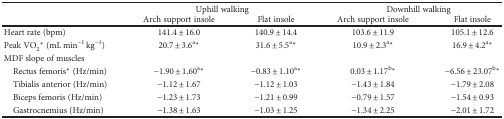
|  | <COLSPAN=2> Uphill walking | <COLSPAN=2> Downhill walking |
 |  | Arch support insole | Flat insole | Arch support insole | Flat insole |
 | --- | --- | --- | --- | --- |
 | Heart rate (bpm) | 141.4 ± 16.0 | 140.9 ± 14.4 | 103.6 ± 11.9 | 105.1 ± 12.6 |
 | Peak VO2∗ (mL min−1 kg−1) | 20.7 ± 3.6a∗ | 31.6 ± 5.5a∗ | 10.9 ± 2.3a∗ | 16.9 ± 4.2a∗ |
 | <COLSPAN=5> MDF slope of muscles |
 | Rectus femoris∗ (Hz/min) | −1.90 ± 1.60a∗ | −0.83 ± 1.10a∗ | 0.03 ± 1.17b∗ | −6.56 ± 23.07b∗ |
 | Tibialis anterior (Hz/min) | −1.12 ± 1.67 | −1.12 ± 1.03 | −1.43 ± 1.84 | −1.79 ± 2.08 |
 | Biceps femoris (Hz/min) | −1.23 ± 1.73 | −1.21 ± 0.99 | −0.79 ± 1.57 | −1.54 ± 0.93 |
 | Gastrocnemius (Hz/min) | −1.38 ± 1.63 | −1.03 ± 1.25 | −1.34 ± 2.25 | −2.01 ± 1.72 |